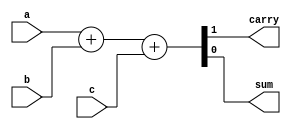
//HW2 part 1
//3:2 adder using verilog "+"

`timescale 1ns/10ps

module block_c (
    input a,
    input b,
    input c,
    output carry,
    output sum
    );

    assign {carry, sum} = a + b + c;

endmodule